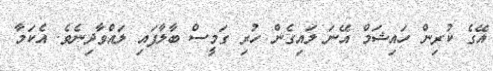
އޭގެ ކުރިން ހައިޝަމް އޭނަ ލައިގެން ހުރި ގަމީސް ބާލާފައި ލައްވާދިނެވެ. އެކަމާ